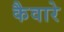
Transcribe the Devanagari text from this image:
कैवारे